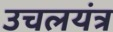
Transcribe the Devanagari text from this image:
उचलयंत्र